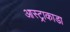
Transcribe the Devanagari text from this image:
आस्ट्राकाडा